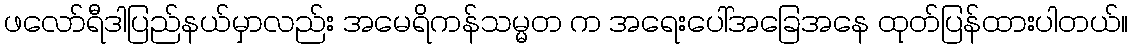
ဖလော်ရီဒါပြည်နယ်မှာလည်း အမေရိကန်သမ္မတ က အရေးပေါ်အခြေအနေ ထုတ်ပြန်ထားပါတယ်။